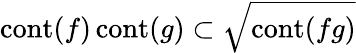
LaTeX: \operatorname{cont}(f)\operatorname{cont}(g)\subset{\sqrt{\operatorname{cont}(fg)}}